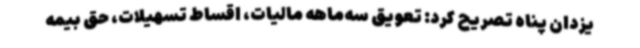
یزدان پناه تصریح کرد: تعویق سه‌ماهه مالیات، اقساط تسهیلات، حق بیمه